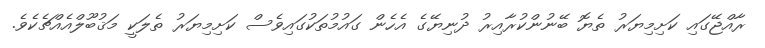
ރާއްޖޭގައި ކަށިމިޔަރު ތެޔޮ ބޭނުންކުރާއިރު ދުނިޔޭގެ އެހެން ގައުމުތަކުގައިވެސް ކަށިމިޔަރު ތެލަކީ މަޤުބޫލްއެއްޗެކެވެ.